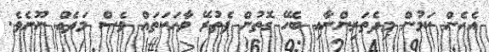
އެހެން ކަމުން މިދެތަރިންނާއި ބެހޭ ގޮތުން ފެތުރޭ ވާހަކަތައް ވެސް މަދެއް ނޫނެވެ.